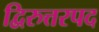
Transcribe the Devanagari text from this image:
द्विरुत्तरपद